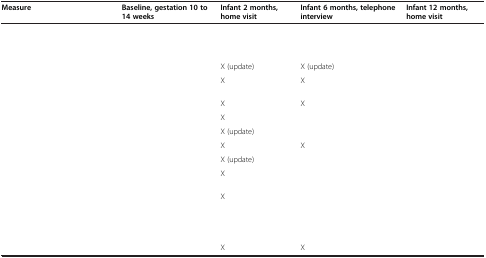
<table><thead><tr><td><b>Measure</b></td><td><b>Baseline, gestation 10 to 14 weeks</b></td><td><b>Infant 2 months, home visit</b></td><td><b>Infant 6 months, telephone interview</b></td><td><b>Infant 12 months, home visit</b></td></tr></thead><tbody><tr><td>[EMPTY_CELL]</td><td>[EMPTY_CELL]</td><td>[EMPTY_CELL]</td><td>[EMPTY_CELL]</td><td>[EMPTY_CELL]</td></tr><tr><td>[EMPTY_CELL]</td><td>[EMPTY_CELL]</td><td>[EMPTY_CELL]</td><td>[EMPTY_CELL]</td><td>[EMPTY_CELL]</td></tr><tr><td>[EMPTY_CELL]</td><td>[EMPTY_CELL]</td><td>X (update)</td><td>X (update)</td><td>[EMPTY_CELL]</td></tr><tr><td>[EMPTY_CELL]</td><td>[EMPTY_CELL]</td><td>X</td><td>X</td><td>[EMPTY_CELL]</td></tr><tr><td>[EMPTY_CELL]</td><td>[EMPTY_CELL]</td><td>X</td><td>X</td><td>[EMPTY_CELL]</td></tr><tr><td>[EMPTY_CELL]</td><td>[EMPTY_CELL]</td><td>X</td><td>[EMPTY_CELL]</td><td>[EMPTY_CELL]</td></tr><tr><td>[EMPTY_CELL]</td><td>[EMPTY_CELL]</td><td>X (update)</td><td>[EMPTY_CELL]</td><td>[EMPTY_CELL]</td></tr><tr><td>[EMPTY_CELL]</td><td>[EMPTY_CELL]</td><td>X</td><td>X</td><td>[EMPTY_CELL]</td></tr><tr><td>[EMPTY_CELL]</td><td>[EMPTY_CELL]</td><td>X (update)</td><td>[EMPTY_CELL]</td><td>[EMPTY_CELL]</td></tr><tr><td>[EMPTY_CELL]</td><td>[EMPTY_CELL]</td><td>X</td><td>[EMPTY_CELL]</td><td>[EMPTY_CELL]</td></tr><tr><td>[EMPTY_CELL]</td><td>[EMPTY_CELL]</td><td>X</td><td>[EMPTY_CELL]</td><td>[EMPTY_CELL]</td></tr><tr><td>[EMPTY_CELL]</td><td>[EMPTY_CELL]</td><td>[EMPTY_CELL]</td><td>[EMPTY_CELL]</td><td>[EMPTY_CELL]</td></tr><tr><td>[EMPTY_CELL]</td><td>[EMPTY_CELL]</td><td>[EMPTY_CELL]</td><td>[EMPTY_CELL]</td><td>[EMPTY_CELL]</td></tr><tr><td>[EMPTY_CELL]</td><td>[EMPTY_CELL]</td><td>X</td><td>X</td><td>[EMPTY_CELL]</td></tr></tbody></table>